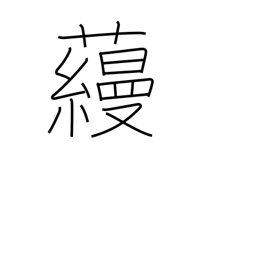
Meaning: surname